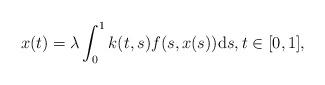
LaTeX: \begin{align*} x(t) = \lambda \int_0^1 k(t,s)f(s,x(s))\textup ds, t \in [0,1],\end{align*}